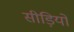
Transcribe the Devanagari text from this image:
सीड़ियों